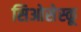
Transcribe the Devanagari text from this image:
सिओसेस्कू